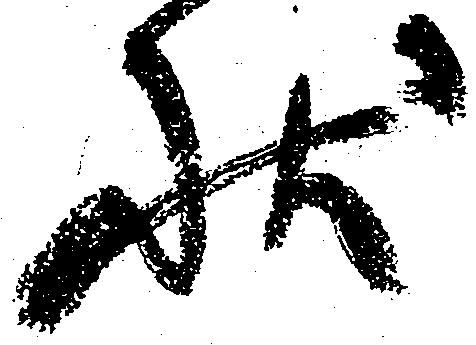
状